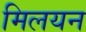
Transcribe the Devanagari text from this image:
मिलयन